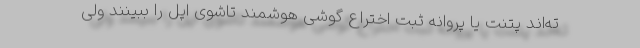
ته‌اند پتنت یا پروانه ثبت اختراع گوشی هوشمند تاشوی اپل را ببینند ولی